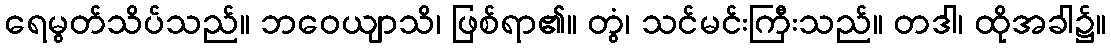
ရေမွတ်သိပ်သည်။ ဘဝေယျာသိ၊ ဖြစ်ရာ၏။ တွံ၊ သင်မင်းကြီးသည်။ တဒါ၊ ထိုအခါ၌။